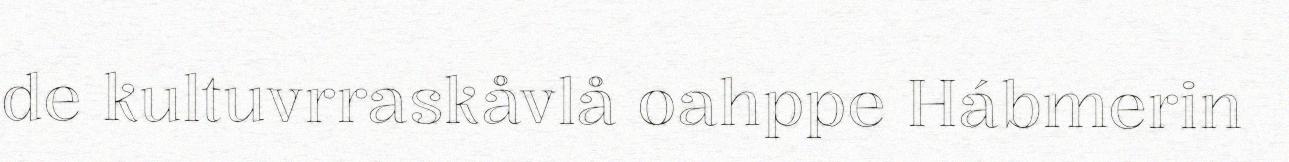
de kultuvrraskåvlå oahppe Hábmerin